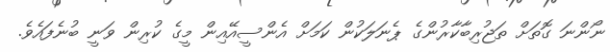
ނޯންނަ ގޮތަށް ތަޖުރިބާކާރުންގެ ޕެނަލަކުން ކަމަށް އެންސީއޭއިން މީގެ ކުރިން ވަނީ ބުނެފައެވެ.